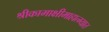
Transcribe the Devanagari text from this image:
श्रीकामाक्षीमाहात्म्यात